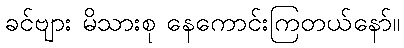
ခင်ဗျား မိသားစု နေကောင်းကြတယ်နော်။